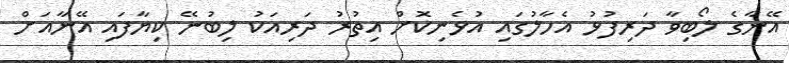
އޭނާގެ ލޯބިވާ ދަރިފުޅު އެހާލުގައި އުޅެނިކޮށް އިތުރު ދަރިއަކު ލިބުނޭ ކިޔާފައި އޭނާއަށް